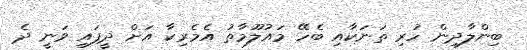
ބިންލާދިން ހުރި ތަނަކާއި ބެހޭ މައުލޫމާތު އެމެރިކާ އަށް ދީފައި ވަނީ ދެ